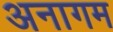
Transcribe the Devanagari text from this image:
अनागम